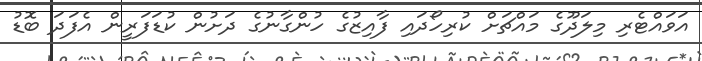
އަވައްޓެރި މިލަދޫގެ މައްޗަށް ކުރިހޯދައި ފާއިޒުގެ ހުންގާނުގެ ދަށުން ކުޑަފަރީން އެފަދަ ބޮޑު